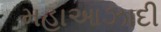
મહાઆઝાદી